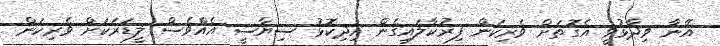
އޭނާ ވިދާޅުވީ އެގޮތަށް ވެރިކަން ފިރުކާލައިގެން އިދިކޮޅު ސިޔާސީ އެއްވެސް ލީޑަރަކަށް ވެރިކަން